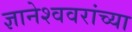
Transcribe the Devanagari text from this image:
ज्ञानेश्ववरांच्या